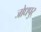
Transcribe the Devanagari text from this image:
जोधपुर्